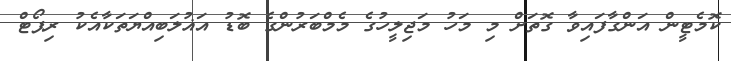
ކޮމެޓީން އަންގާފައިވާ ގޮތަށް މި މަހު މަޖިލީހުގެ މެމްބަރުންގެ ބޮޑު އަޣުލަބިއްޔަތަކާއެކު ރިޕޯޓް